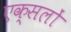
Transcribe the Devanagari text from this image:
एक्सलों